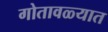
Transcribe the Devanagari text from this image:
गोतावळ्यात